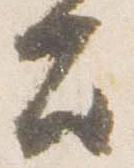
殿